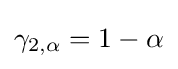
\gamma _{2,\alpha }={1-\alpha }